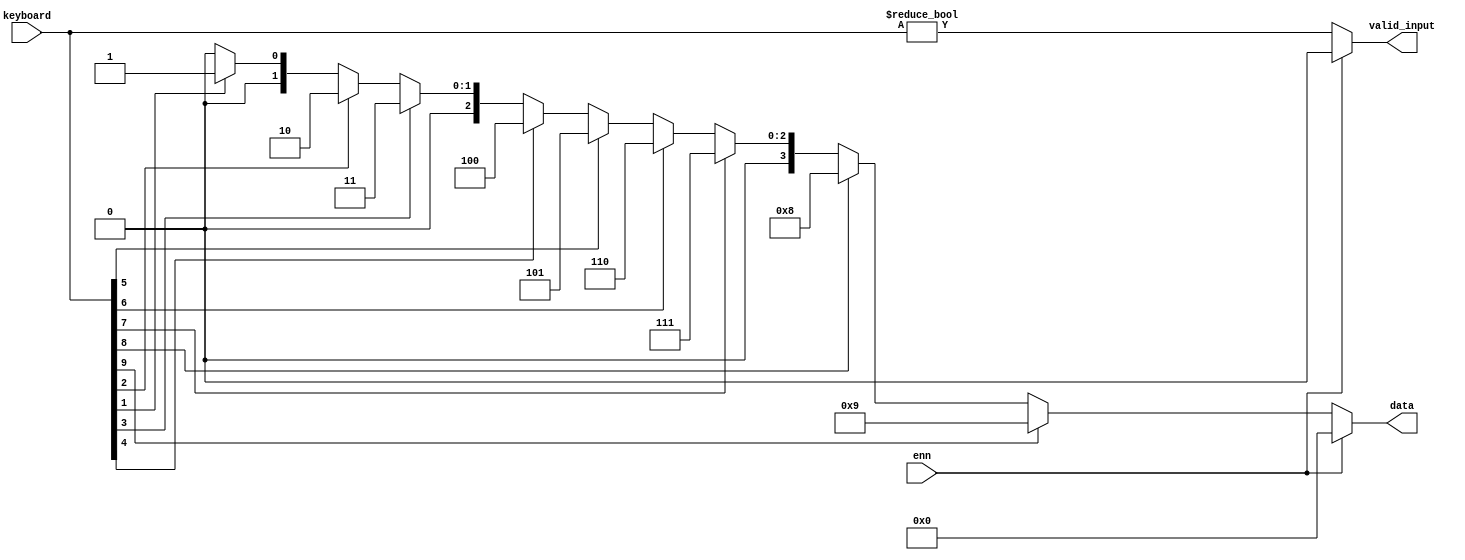
module KeyboardCoder(
    input  wire [9:0] keyboard,
    input  wire enn,
    output reg  [3:0] data,
    output reg  valid_input
);
    always @(enn, keyboard) begin
        if (~enn) begin
            if (keyboard[9])
                data = 9;
            else if (keyboard[8])
                data = 8;
            else if (keyboard[7])
                data = 7;
            else if (keyboard[6])
                data = 6;
            else if (keyboard[5])
                data = 5;
            else if (keyboard[4])
                data = 4;
            else if (keyboard[3])
                data = 3;
            else if (keyboard[2])
                data = 2;
            else if (keyboard[1])
                data = 1;
            else
                data = 0;

            valid_input = (keyboard != 0);
        end
        else begin
            data = 0;
            valid_input = 0;
        end
    end

endmodule